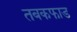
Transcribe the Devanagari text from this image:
तबकफाड